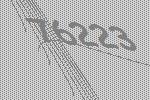
76223